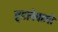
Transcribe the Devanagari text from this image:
हटानेवाली